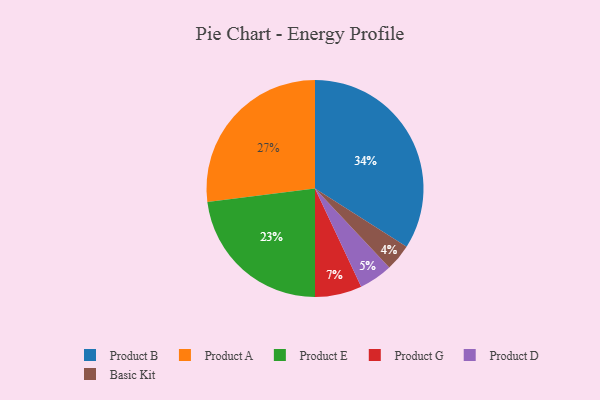
{"axis": {"x": "Category", "y": "Percentage"}, "legend": ["Basic Kit", "Product A", "Product B", "Product D", "Product E", "Product G"], "data": [{"x": "Basic Kit", "y": 4, "type": "Basic Kit"}, {"x": "Product A", "y": 27, "type": "Product A"}, {"x": "Product E", "y": 23, "type": "Product E"}, {"x": "Product D", "y": 5, "type": "Product D"}, {"x": "Product B", "y": 34, "type": "Product B"}, {"x": "Product G", "y": 7, "type": "Product G"}]}